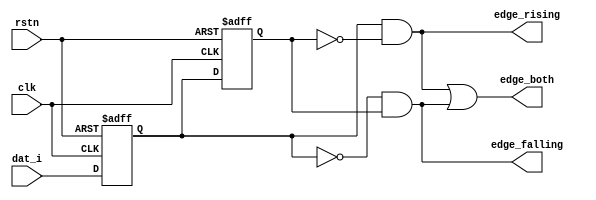
// edge detect 
// WangFW
//2020-8-8

module edge_det(clk,rstn,dat_i,edge_rising,edge_falling,edge_both);
	input clk,rstn,dat_i;
	output edge_rising,edge_falling,edge_both;

	reg reg1,reg2;

	always @(posedge clk or negedge rstn)
		begin
			if(!rstn)
				begin
					reg1<=1'd0;
					reg2<=1'd0;
				end
			else
				begin
					reg1<=dat_i;
					reg2<=reg1;
				end
		end

	assign edge_rising=reg1&&(~reg2);
	assign edge_falling=(~reg1)&&reg2;
	assign edge_both=edge_rising || edge_falling;
endmodule